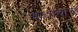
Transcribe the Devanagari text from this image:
नावाचाच